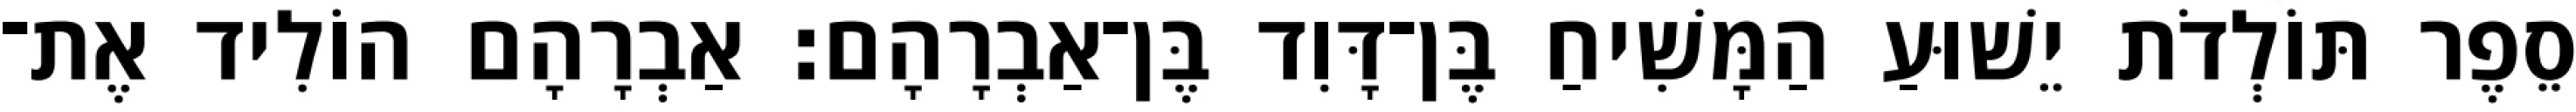
סֵפֶר תּוֹלְדֹת יֵשׁוּעַ הַמָּשִׁיחַ בֶּן־דָּוִד בֶּן־אַבְרָהָם׃ אַבְרָהָם הוֹלִיד אֶת־